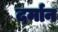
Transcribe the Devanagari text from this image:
दर्मान